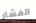
الفشار